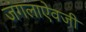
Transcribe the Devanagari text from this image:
जंगलाऐवजी